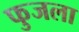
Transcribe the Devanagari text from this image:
फुजला